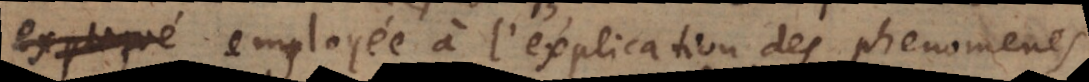
estre employée à l’explication des phenomenes